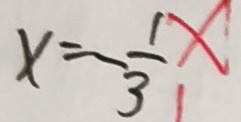
x = - \frac { 1 } { 3 }